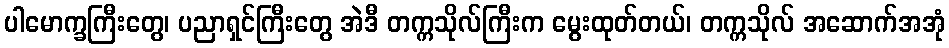
ပါမောက္ခကြီးတွေ၊ ပညာရှင်ကြီးတွေ အဲဒီ တက္ကသိုလ်ကြီးက မွေးထုတ်တယ်၊ တက္ကသိုလ် အဆောက်အအုံ